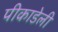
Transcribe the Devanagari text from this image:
पीकाडेली